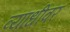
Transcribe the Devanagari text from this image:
व्याधीवर